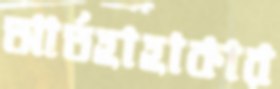
আর্তহাহাকার